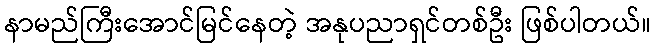
နာမည်ကြီးအောင်မြင်နေတဲ့ အနုပညာရှင်တစ်ဦး ဖြစ်ပါတယ်။